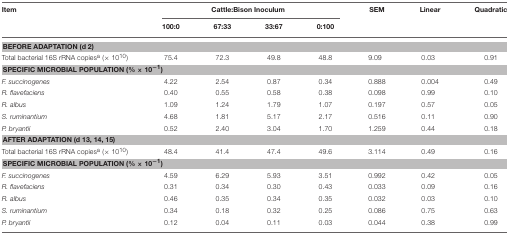
<table><thead><tr><td><b>Item</b></td><td colspan="4"><b>Cattle:Bison Inoculum</b></td><td><b>SEM</b></td><td><b>Linear</b></td><td><b>Quadratic</b></td></tr><tr><td></td><td><b>100:0</b></td><td><b>67:33</b></td><td><b>33:67</b></td><td><b>0:100</b></td><td></td><td></td><td></td></tr></thead><tbody><tr><td colspan="8"><b>BEFORE ADAPTATION (d 2)</b></td></tr><tr><td>Total bacterial 16S rRNA copies<sup>a</sup> (× 10<sup>10</sup>)</td><td>75.4</td><td>72.3</td><td>49.8</td><td>48.8</td><td>9.09</td><td>0.03</td><td>0.91</td></tr><tr><td colspan="8"><b>SPECIFIC MICROBIAL POPULATION (% × 10<sup>−1</sup>)</b></td></tr><tr><td><i>F. succinogenes</i></td><td>4.22</td><td>2.54</td><td>0.87</td><td>0.34</td><td>0.888</td><td>0.004</td><td>0.49</td></tr><tr><td><i>R. flavefaciens</i></td><td>0.40</td><td>0.55</td><td>0.58</td><td>0.38</td><td>0.098</td><td>0.99</td><td>0.10</td></tr><tr><td><i>R. albus</i></td><td>1.09</td><td>1.24</td><td>1.79</td><td>1.07</td><td>0.197</td><td>0.57</td><td>0.05</td></tr><tr><td><i>S. ruminantium</i></td><td>4.68</td><td>1.81</td><td>5.17</td><td>2.17</td><td>0.516</td><td>0.11</td><td>0.90</td></tr><tr><td><i>P. bryantii</i></td><td>0.52</td><td>2.40</td><td>3.04</td><td>1.70</td><td>1.259</td><td>0.44</td><td>0.18</td></tr><tr><td colspan="8"><b>AFTER ADAPTATION (d 13, 14, 15)</b></td></tr><tr><td>Total bacterial 16S rRNA copies<sup>a</sup> (× 10<sup>10</sup>)</td><td>48.4</td><td>41.4</td><td>47.4</td><td>49.6</td><td>3.114</td><td>0.49</td><td>0.16</td></tr><tr><td colspan="8"><b>SPECIFIC MICROBIAL POPULATION (% × 10<sup>−1</sup>)</b></td></tr><tr><td><i>F. succinogenes</i></td><td>4.59</td><td>6.29</td><td>5.93</td><td>3.51</td><td>0.992</td><td>0.42</td><td>0.05</td></tr><tr><td><i>R. flavefaciens</i></td><td>0.31</td><td>0.34</td><td>0.30</td><td>0.43</td><td>0.033</td><td>0.09</td><td>0.16</td></tr><tr><td><i>R. albus</i></td><td>0.46</td><td>0.35</td><td>0.34</td><td>0.35</td><td>0.032</td><td>0.03</td><td>0.10</td></tr><tr><td><i>S. ruminantium</i></td><td>0.34</td><td>0.18</td><td>0.32</td><td>0.25</td><td>0.086</td><td>0.75</td><td>0.63</td></tr><tr><td><i>P. bryantii</i></td><td>0.12</td><td>0.04</td><td>0.11</td><td>0.03</td><td>0.044</td><td>0.38</td><td>0.99</td></tr></tbody></table>